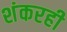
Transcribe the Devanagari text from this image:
शंकरही